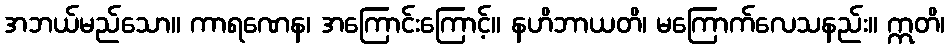
အဘယ်မည်သော။ ကာရဏေန၊ အကြောင်းကြောင့်။ နဟိဘာယတိ၊ မကြောက်လေသနည်း။ ဣတိ၊